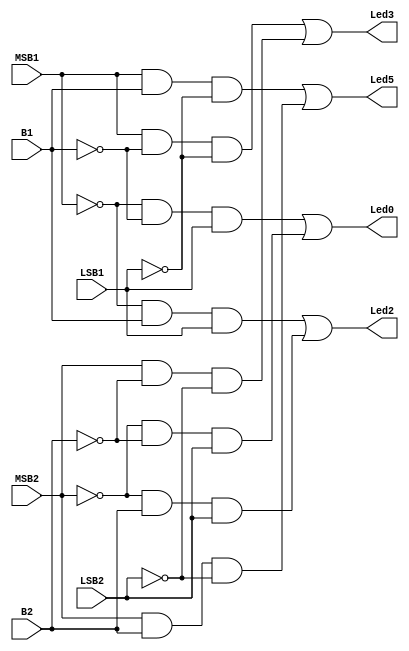
module decod_Leds(MSB1, B1, LSB1,MSB2, B2, LSB2,Led0,Led2,Led3, Led5);
	input MSB1, B1, LSB1, MSB2, B2, LSB2;
	output Led0,Led2,Led3, Led5;
	
	wire not_MSB1, not_B1, not_LSB1, not_MSB2, not_B2, not_LSB2;
	wire aux1_Led0,aux1_Led2,aux1_Led3,aux1_Led5,aux2_Led0,aux2_Led2,aux2_Led3,aux2_Led5;
	
	not int_MSB1(not_MSB1, MSB1);
	not int_B1(not_B1, B1);
	not int_LSB1(not_LSB1, LSB1);
	
	not int_MSB2(not_MSB2, MSB2);
	not int_B2(not_B2, B2);
	not int_LSB2(not_LSB2, LSB2);
	
	and func1_1(aux1_Led0, not_MSB1, not_B1, LSB1);
	and func1_3(aux1_Led2, not_MSB1, B1, LSB1);
	and func1_4(aux1_Led3, MSB1, not_B1, not_LSB1);
	and func1_6(aux1_Led5, MSB1, B1, not_LSB1);
	
	and func2_1(aux2_Led0, not_MSB2, not_B2, LSB2);
	and func2_3(aux2_Led2, not_MSB2, B2, LSB2);
	and func2_4(aux2_Led3, MSB2, not_B2, not_LSB2);
	and func2_6(aux2_Led5, MSB2, B2, not_LSB2);
	
	or Ligarfunc1(Led0, aux1_Led0, aux2_Led0);
	or Ligarfunc3(Led2, aux1_Led2, aux2_Led2);
	or Ligarfunc4(Led3, aux1_Led3, aux2_Led3);
	or Ligarfunc6(Led5, aux1_Led5, aux2_Led5);
	
endmodule